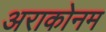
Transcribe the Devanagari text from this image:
अराकोनम